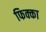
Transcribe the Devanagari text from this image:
फिक्का